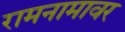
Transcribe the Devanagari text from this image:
रामनामावर